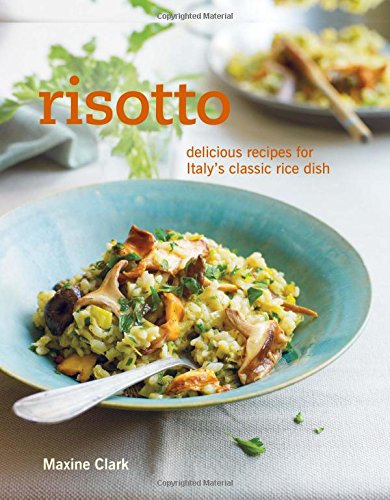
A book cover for Risotto: Delicious recipes for Italy's classic rice dish; Maxine Clark; Cookbooks, Food & Wine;